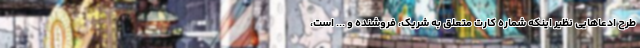
طرح ادعاهایی نظیر اینکه شماره کارت متعلق به شریک، فروشنده و ... است،